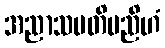
အညာသမတိမညိဟံ